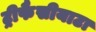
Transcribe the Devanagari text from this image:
ट्रीफैसीयाटा